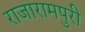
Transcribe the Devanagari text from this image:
राजारामपुरी